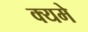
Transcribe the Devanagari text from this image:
क्यमे